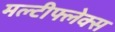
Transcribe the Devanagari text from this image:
मल्टीफ्लेक्स